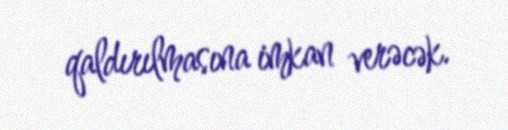
qaldırılmasına imkan verəcək.